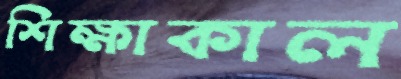
শিক্ষাকাল